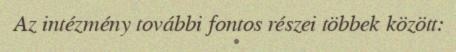
Az intézmény további fontos részei többek között: